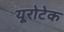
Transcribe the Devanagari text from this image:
यूरोटेक